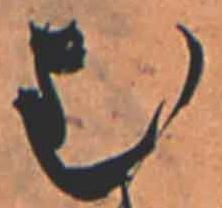
む